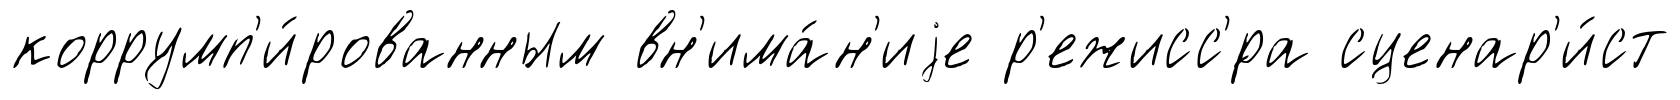
коррумп'и́рованным вн'има́н'иjе р'ежисс'́ра сценар'и́ст